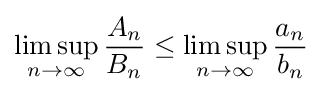
\limsup _{n\to \infty }{\frac {A_{n}}{B_{n}}}\leq \limsup _{n\to \infty }{\frac {a_{n}}{b_{n}}}